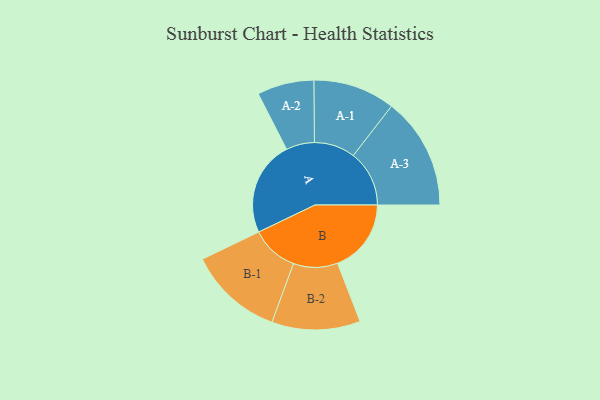
{"axis": {"x": "Segment", "y": "Value"}, "legend": ["", "A", "B"], "data": [{"x": "A", "y": 461, "type": ""}, {"x": "B", "y": 358, "type": ""}, {"x": "A-1", "y": 199, "type": "A"}, {"x": "A-2", "y": 138, "type": "A"}, {"x": "A-3", "y": 272, "type": "A"}, {"x": "B-1", "y": 230, "type": "B"}, {"x": "B-2", "y": 215, "type": "B"}]}